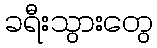
ခရီးသွားတွေ